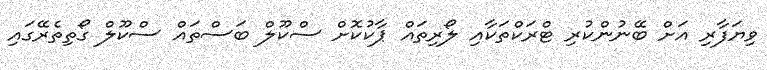
ވިޔަފާރި އަށް ބޭނުންކުރި ޓްރަކްތަކާއި ލޯރިތައް ޕާކުކޮށް ސްކޫލް ބަސްތައް ސްކޫލް ގޯތިތެރޭގައި